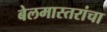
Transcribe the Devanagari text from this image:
बेलमास्तरांचा